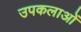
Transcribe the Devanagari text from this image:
उपकलाओं